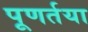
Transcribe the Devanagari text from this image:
पूणर्तया